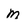
Character: M